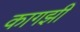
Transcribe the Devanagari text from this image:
कागझी